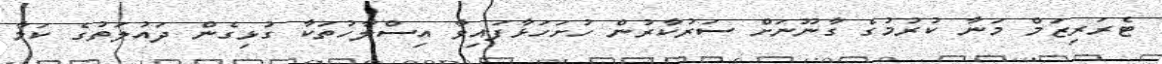
ޓެރަރިޒަމް މަނާ ކުރުމުގެ ގާނޫނަށް ސަރުކާރުން ހުށަހަޅާފައިވާ އިސްލާހުތަކާ ގުޅިގެން ދައުލަތުގެ ކަމާ